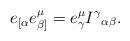
LaTeX: \begin{align*}e_{[\alpha} e^\mu_{\beta]} = e^\mu_\gamma I^\gamma{}_{\alpha\beta}. \end{align*}